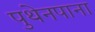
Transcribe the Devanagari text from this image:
पुथेनपाना